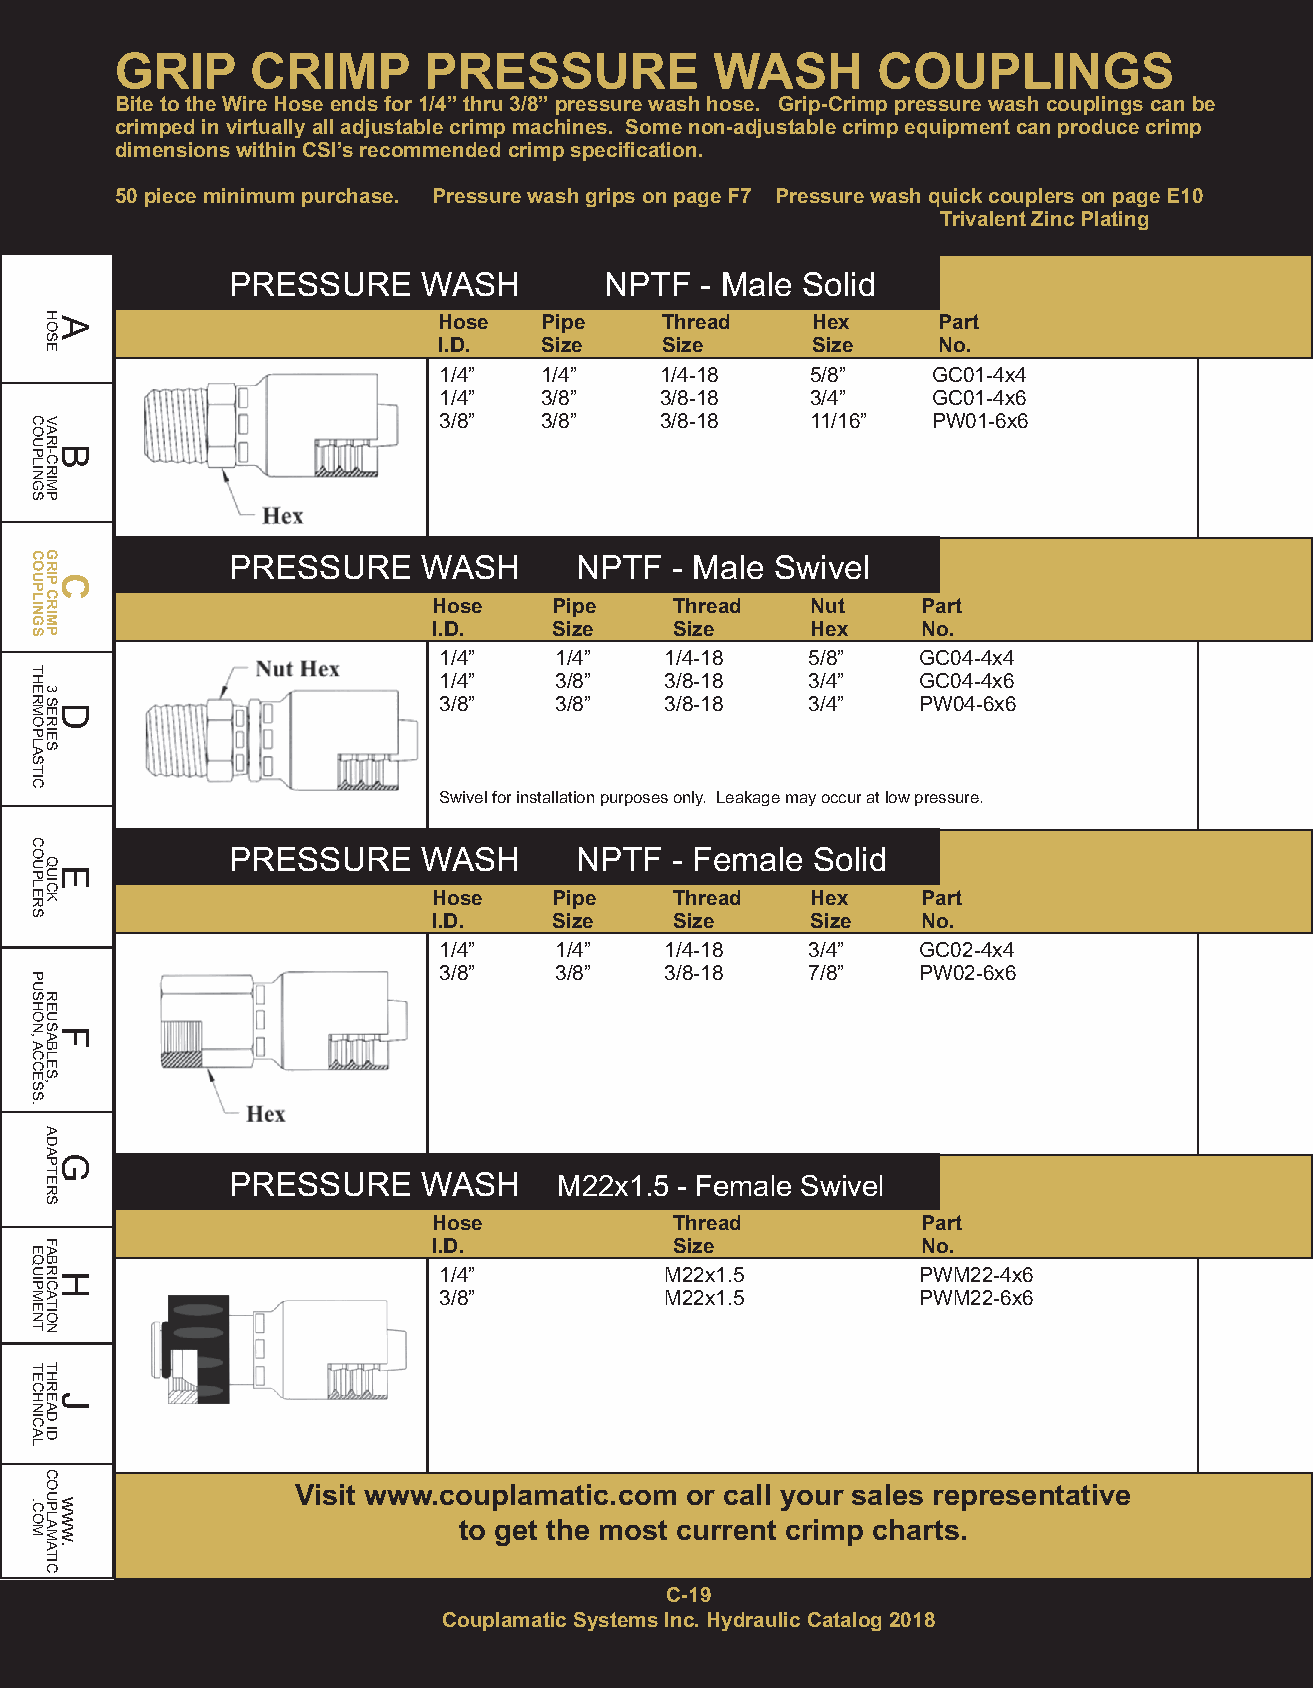
GRIP     CRIMP      PRESSURE           WASH       COUPLINGS
 Bite to the Wire Hose ends for 1/4” thru 3/8” pressure wash hose. Grip-Crimp pressure wash couplings can be
 crimped in virtually all adjustable crimp machines. Some non-adjustable crimp equipment can produce crimp
 dimensions within CSI’s recommended crimp specification.
 50 piece minimum purchase. Pressure wash grips on page F7 Pressure wash quick couplers on page E10
 Trivalent Zinc Plating
 PRESSURE     WASH        NPTF  - Male Solid
 Hose   Pipe    Thread    Hex     Part
 I.D.   Size    Size      Size    No.
 1/4”   1/4”    1/4-18    5/8”    GC01-4x4
 1/4”   3/8”    3/8-18    3/4”    GC01-4x6
 3/8”   3/8”    3/8-18    11/16”  PW01-6x6
 PRESSURE     WASH      NPTF  - Male Swivel
 Hose    Pipe    Thread   Nut    Part
 I.D.    Size    Size     Hex    No.
 1/4”    1/4”   1/4-18   5/8”    GC04-4x4
 1/4”    3/8”   3/8-18   3/4”    GC04-4x6
 3/8”    3/8”   3/8-18   3/4”    PW04-6x6
 Swivel for installation purposes only. Leakage may occur at low pressure.
 PRESSURE     WASH      NPTF  - Female  Solid
 Hose    Pipe    Thread   Hex    Part
 I.D.    Size    Size     Size   No.
 1/4”    1/4”   1/4-18   3/4”    GC02-4x4
 3/8”    3/8”   3/8-18   7/8”    PW02-6x6
 PRESSURE     WASH     M22x1.5 - Female Swivel
 Hose            Thread          Part
 I.D.            Size            No.
 1/4”           M22x1.5          PWM22-4x6
 3/8”           M22x1.5          PWM22-6x6
 Visit www.couplamatic.com or call your sales representative
 to get the most current crimp charts.
 C-19
 Couplamatic Systems Inc. Hydraulic Catalog 2018
 COUPLINGS
 COUPLINGS
 THERMOPLASTIC
 COUPLERS
 PUSHON,ACCESS.
 EQUIPMENT
 TECHNICAL
 .COM
 HAOSE
 VARBI-CRIMP
 GRICP
 CRIMP
 3
 SDERIES
 QEUICK
 REUSFABLES,
 ADAGPTERS
 FABRHICATION
 THREJAD
 ID
 COUPLAMATIC
 www.